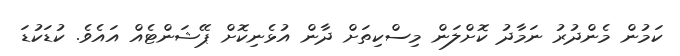
ކަމުން މެންދުރު ނަމާދު ކޮށްލަން މިސްކިތަށް ދާން އުޅެނިކޮށް ޕޭޝަންޓެއް އައެވެ. ކުޑަކުޑަ